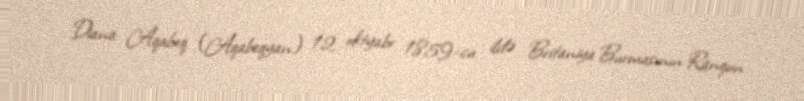
Diana Aqabeq (Aqabeqyan) 12 oktyabr 1859-cu ildə Britaniya Burmasının Ranqun